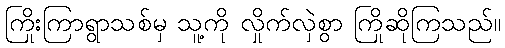
ကြိုးကြာရွာသစ်မှ သူ့ကို လှိုက်လှဲစွာ ကြိုဆိုကြသည်။